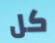
كل